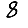
Digit: 8